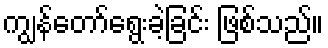
ကျွန်တော်ရွေးခဲ့ခြင်း ဖြစ်သည်။